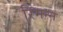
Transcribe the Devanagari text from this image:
रिमन्न